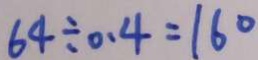
6 4 \div 0 . 4 = 1 6 0